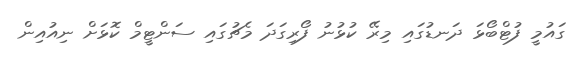
ގައުމީ ފުޓްބޯޅަ ދަނޑުގައި މިރޭ ކުޅުނު ފޯރިގަދަ މެޗުގައި ސަންޓީމް ކޮޅަށް ނިއުއިން